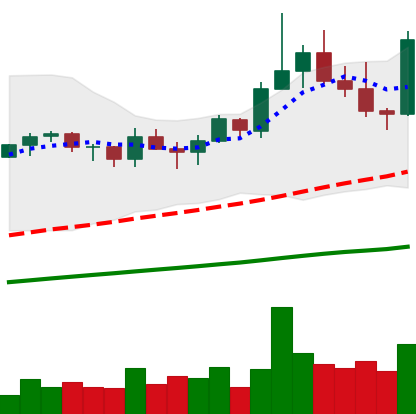
Ticker: TRX-USD
Chart end date: 2021-03-26
Forward return: 42.237%
Label: up_7plus